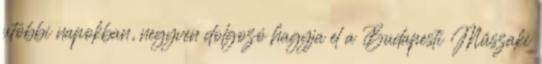
utóbbi napokban, negyven dolgozó hagyja el a Budapesti Műszaki